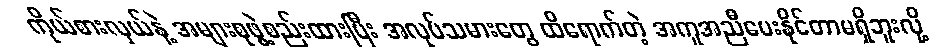
ကိုယ်စားလှယ်နဲ့ အများစုဖွဲ့စည်းထားပြီး အလုပ်သမားတွေ ထိရောက်တဲ့ အကူအညီပေးနိုင်တာမရှိဘူးလို့